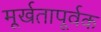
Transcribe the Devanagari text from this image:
मूर्खतापूर्वक